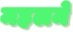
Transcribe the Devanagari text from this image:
महलमें